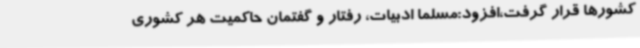
کشورها قرار گرفت،افزود:مسلما ادبیات، رفتار و گفتمان حاکمیت هر کشوری